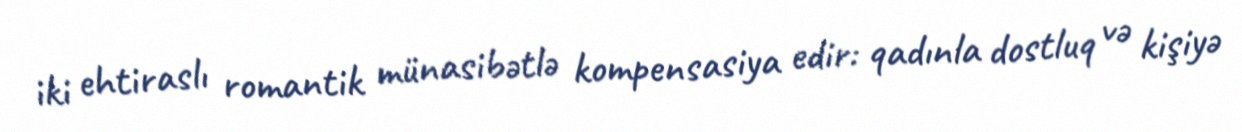
iki ehtiraslı romantik münasibətlə kompensasiya edir: qadınla dostluq və kişiyə